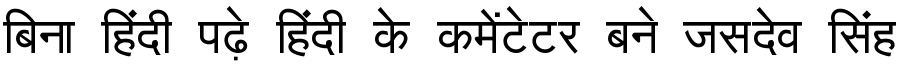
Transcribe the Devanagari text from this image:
बिना हिंदी पढ़े हिंदी के कमेंटेटर बने जसदेव सिंह